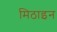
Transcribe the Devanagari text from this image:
मिठाइन